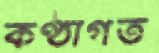
কণ্ঠাগত